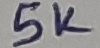
Text: 5K